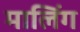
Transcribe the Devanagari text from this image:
मालिंग